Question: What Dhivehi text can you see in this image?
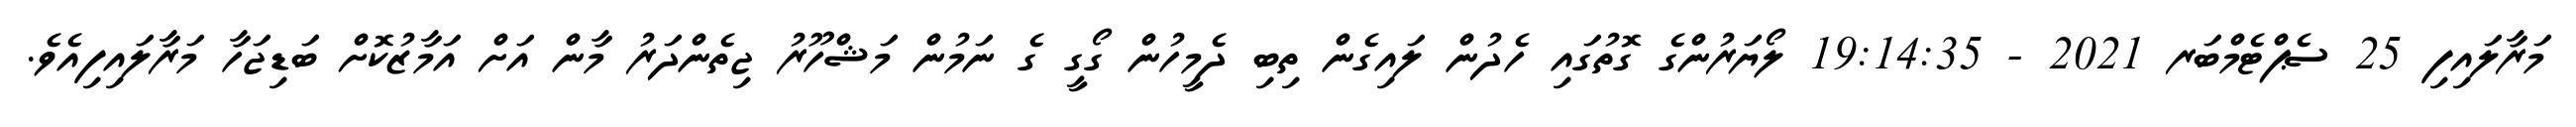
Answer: މަރާލައިފި 25 ސެޕްޓެމްބަރ 2021 - 19:14:35 ލޯޔަރުންގެ ގޮތުގައި ހެދުން ލައިގެން ތިބި ދެމީހުން ގޯގީ ގެ ނަމުން މަޝްހޫރު ޖިތެންދަރު މާން އަށް އަމާޒުކޮށް ބަޑިޖަހާ މަރާލައިފިއެވެ.